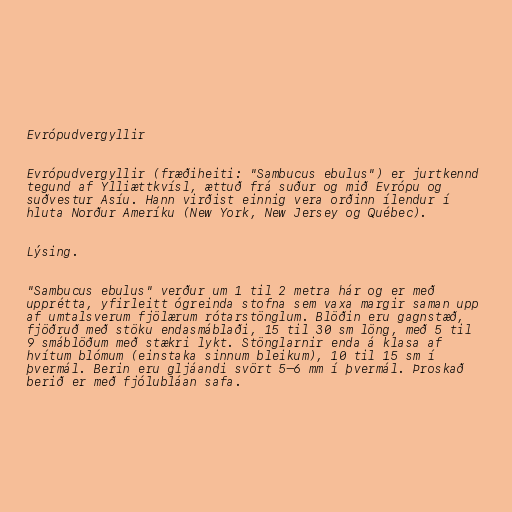
Evrópudvergyllir

Evrópudvergyllir (fræðiheiti: "Sambucus ebulus") er jurtkennd
tegund af Ylliættkvísl, ættuð frá suður og mið Evrópu og
suðvestur Asíu. Hann virðist einnig vera orðinn ílendur í
hluta Norður Ameríku (New York, New Jersey og Québec).

Lýsing.

"Sambucus ebulus" verður um 1 til 2 metra hár og er með
upprétta, yfirleitt ógreinda stofna sem vaxa margir saman upp
af umtalsverum fjölærum rótarstönglum. Blöðin eru gagnstæð,
fjöðruð með stöku endasmáblaði, 15 til 30 sm löng, með 5 til
9 smáblöðum með stækri lykt. Stönglarnir enda á klasa af
hvítum blómum (einstaka sinnum bleikum), 10 til 15 sm í
þvermál. Berin eru gljáandi svört 5–6 mm í þvermál. Þroskað
berið er með fjólubláan safa.